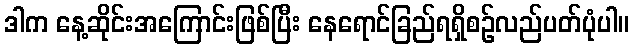
ဒါက နေ့ဆိုင်းအကြောင်းဖြစ်ပြီး နေရောင်ခြည်ရရှိစဉ်လည်ပတ်ပုံပါ။